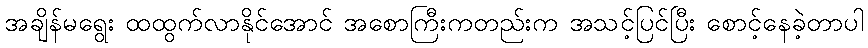
အချိန်မရွေး ထထွက်လာနိုင်အောင် အစောကြီးကတည်းက အသင့်ပြင်ပြီး စောင့်နေခဲ့တာပါ